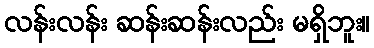
လန်းလန်း ဆန်းဆန်းလည်း မရှိဘူး။